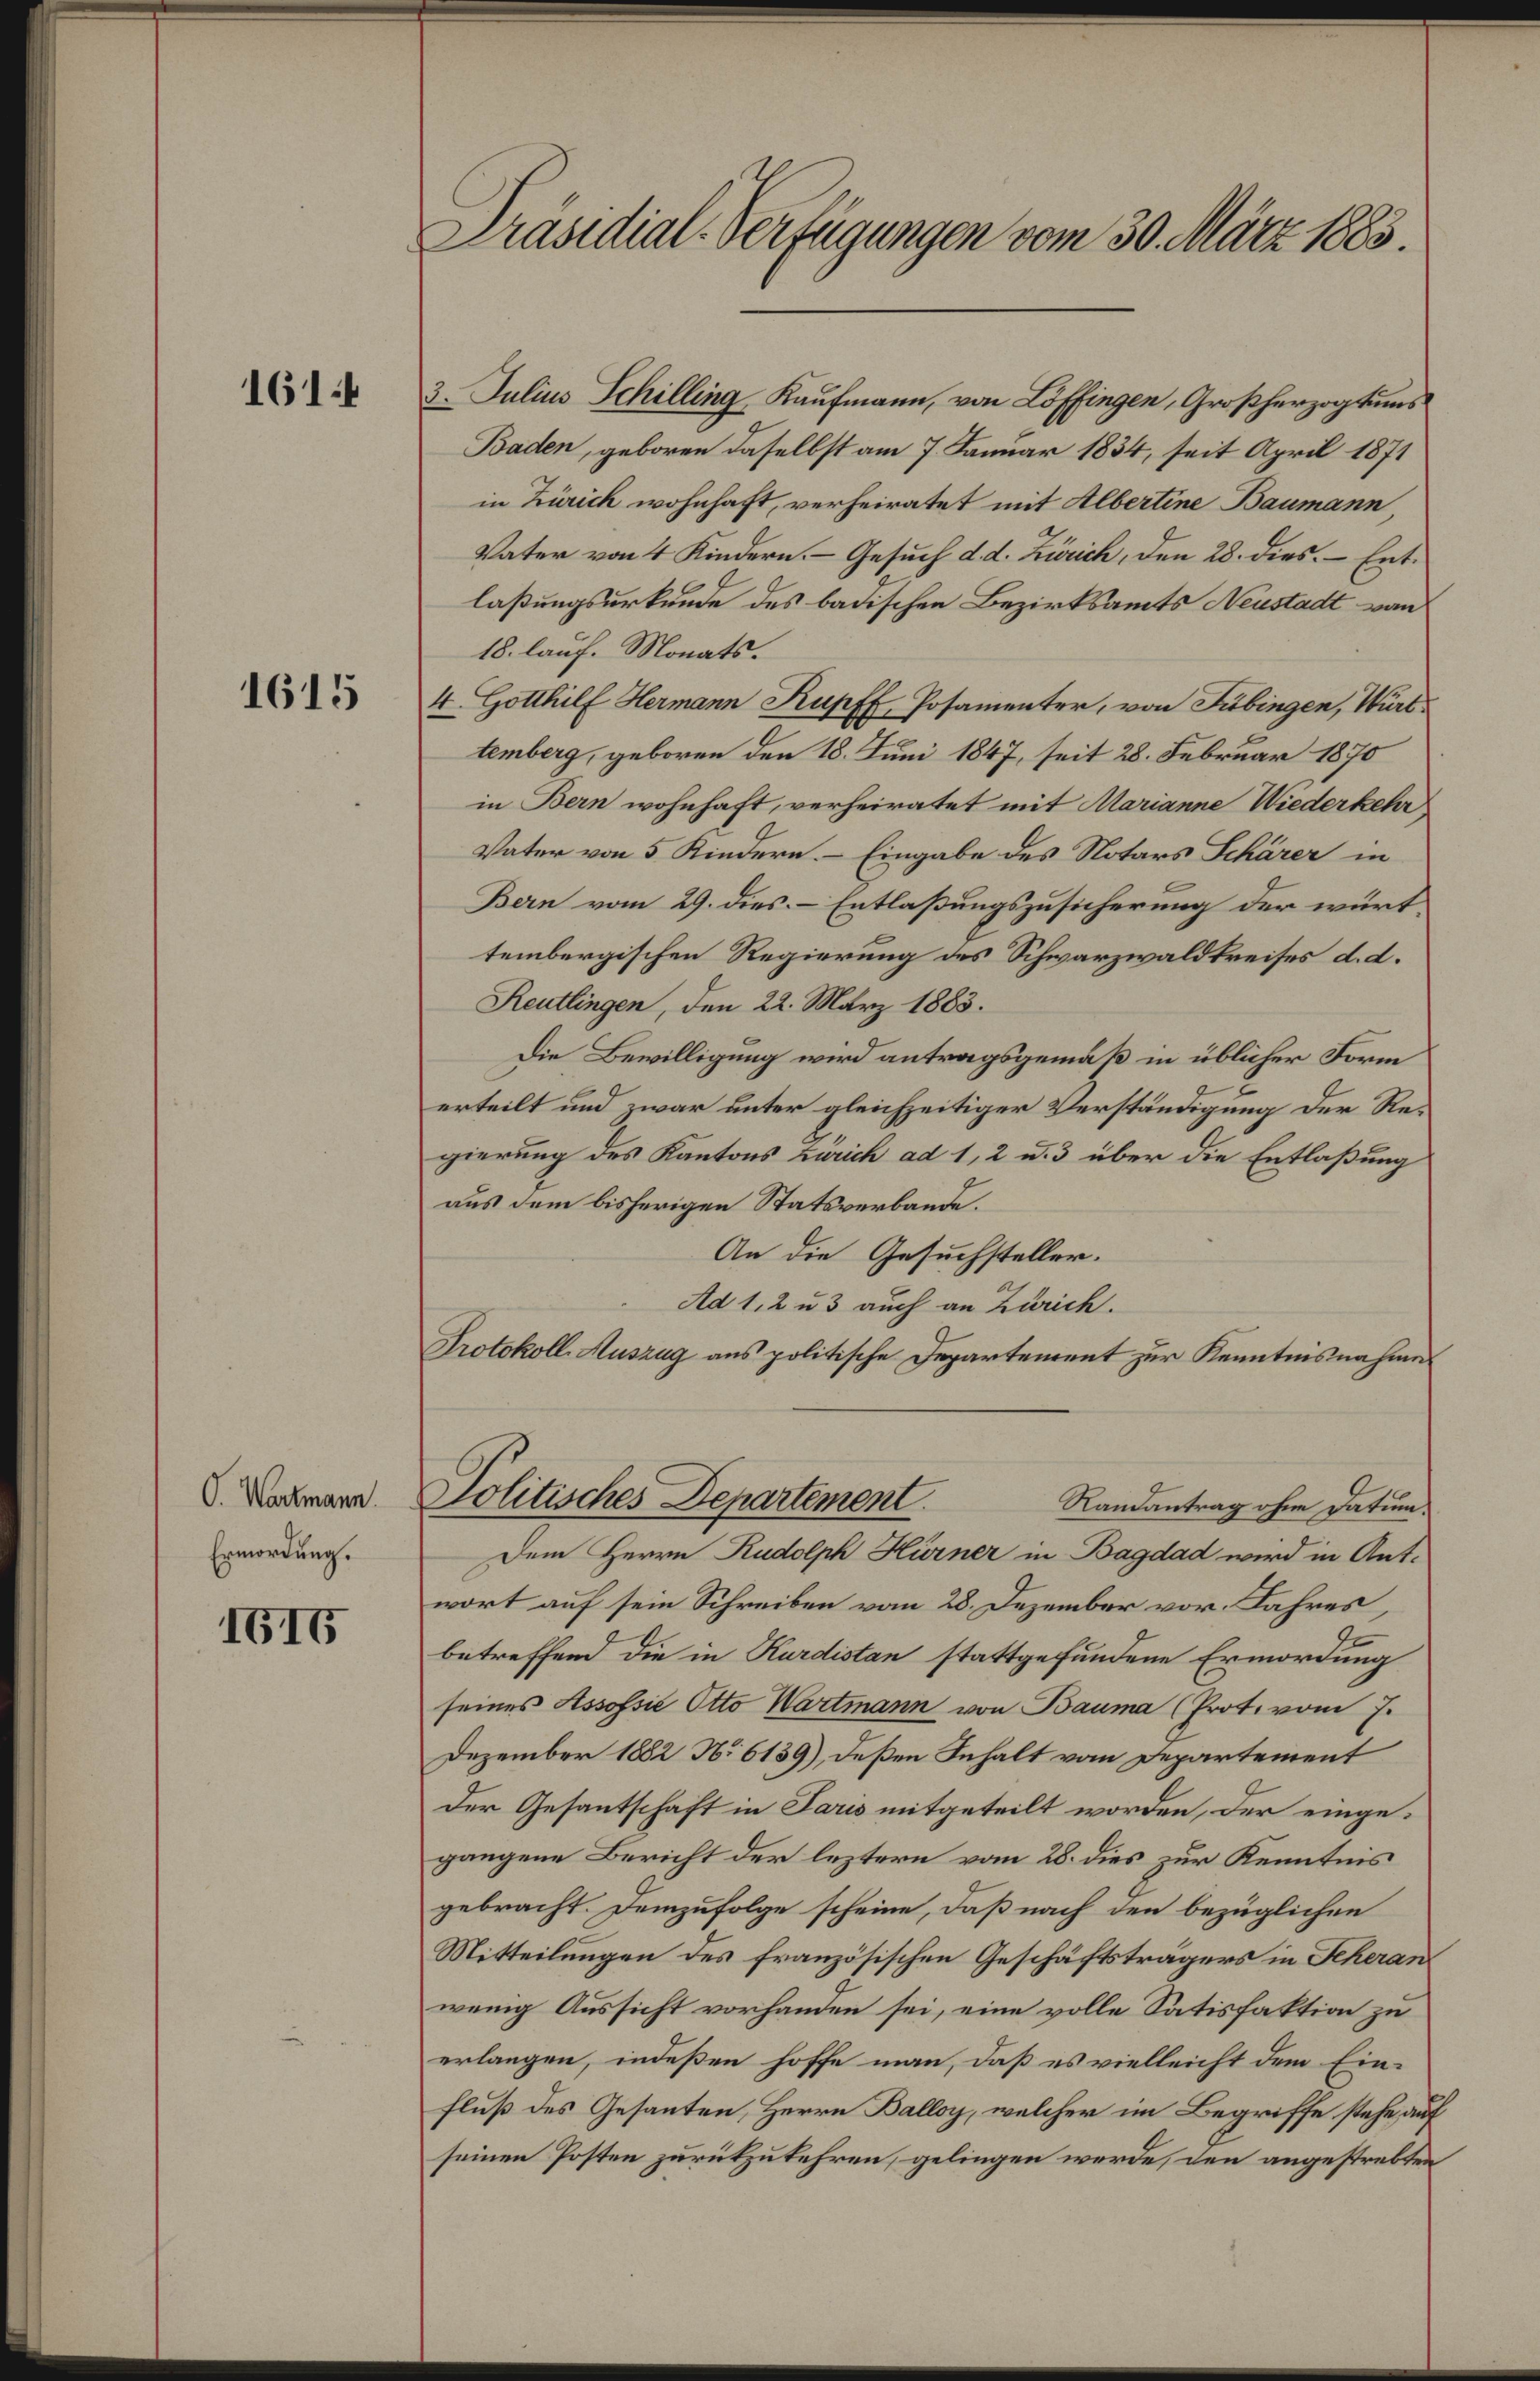
1614

1615

O. Wartmann.
Ermordung.

1619

Präsidial-Verfügungen vom 30. März 1883.

3. Julius Schilling Kaufmann, von Löffingen, Großherzogtums
Baden, geboren daselbst am 7. Januar 1834, seit April 1871
in Zürich wohnhaft, verheiratet mit Albertine Baumann
Vater von 4 Kindern. – Gesuch d. d. Zürich, den 28. dies. Entlaßungsurkunde des badischen Bezirksamts Neustadt von
18. lauf. Monats.
4. Gotthilf Hermann Kupf Posamenter, von Tübingen, Würt
temberg, geboren den 18. Juni 1847, seit 28. Februar 1870
in Bern wohnhaft, verheiratet mit Marianne Wiederkehr
Vater von 5 Kindern. – Eingabe des Notars Schärer in
Bern vom 29. dies Entlaßungszusicherung der württembergischen Regierung des Schwarzwaldkreises d. d.
Reutlingen, den 22. März 1883.
Die Bewilligung wird antragsgemäß in üblicher Form
erteilt und zwar unter gleichzeitiger Verständigung der Regierung des Kantons Zürich ad 1, 2 u. 3 über die Entlaßung
aus dem bisherigen Statsverbande.
An die Gesuchsteller.
Ad 1, 2 u 3 auch an Zürich.
Protokoll. Auszug aus politische Departement zur Kenntnisnahme
Politisches Departement.
Randantrag ohne Datum.
Dem Herrn Rudolph Hörner in Bagdad wird in Ant-
wort auf sein Schreiben vom 28. Dezember vor. Jahres,
e
betreffend die in Kardistan stattgefundene Ermordung
seines Assofsić Otto Wartmann von Bauma (Prot. vom 7.
Dezember 1882 No 6139), deßen Inhalt vom Departement
Der Gesantschaft in Paris mitgeteilt worden, der eingegangene Bericht der leztern vom 28. dies zur Kenntnis
gebracht. Demzufolge scheine, daß nach den bezüglichen
Mitteilungen des französischen Geschäftsträgers in Scheran
wenig Aussicht vorhanden sei, eine volle Satisfaktion zu
erlangen, indeßen hoffe man, daß es vielleicht dem Ein-
fluß des Gesanten, Herrn Balloy, welcher im Begriffe stehe auf
seinen Posten zurükzukehren, gelingen werde, den angestrebten